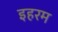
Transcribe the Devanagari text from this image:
इहरम